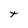
Character: t